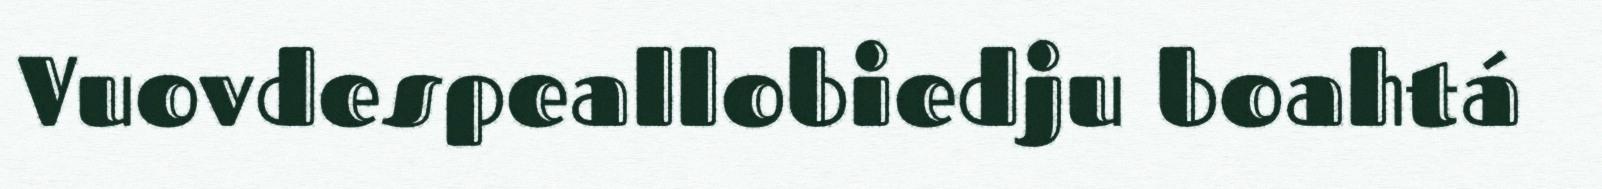
Vuovdespeallobiedju boahtá